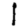
Digit: 1